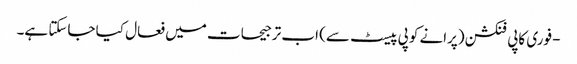
- فوری کاپی فنکشن (پرانے کوپی پیسٹ سے) اب ترجیحات میں فعال کیا جاسکتا ہے۔